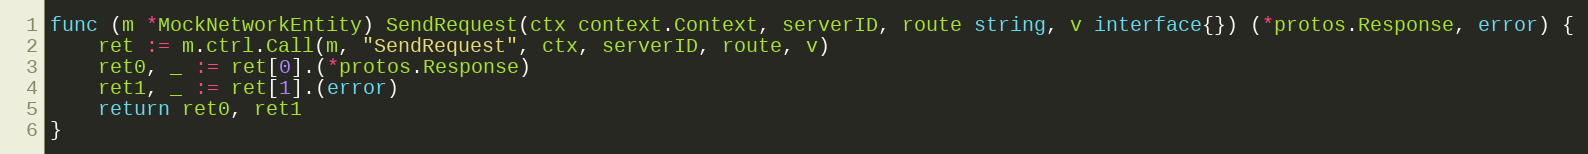
Language: Go
func (m *MockNetworkEntity) SendRequest(ctx context.Context, serverID, route string, v interface{}) (*protos.Response, error) {
	ret := m.ctrl.Call(m, "SendRequest", ctx, serverID, route, v)
	ret0, _ := ret[0].(*protos.Response)
	ret1, _ := ret[1].(error)
	return ret0, ret1
}